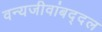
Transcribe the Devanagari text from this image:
वन्यजीवांबद्दल